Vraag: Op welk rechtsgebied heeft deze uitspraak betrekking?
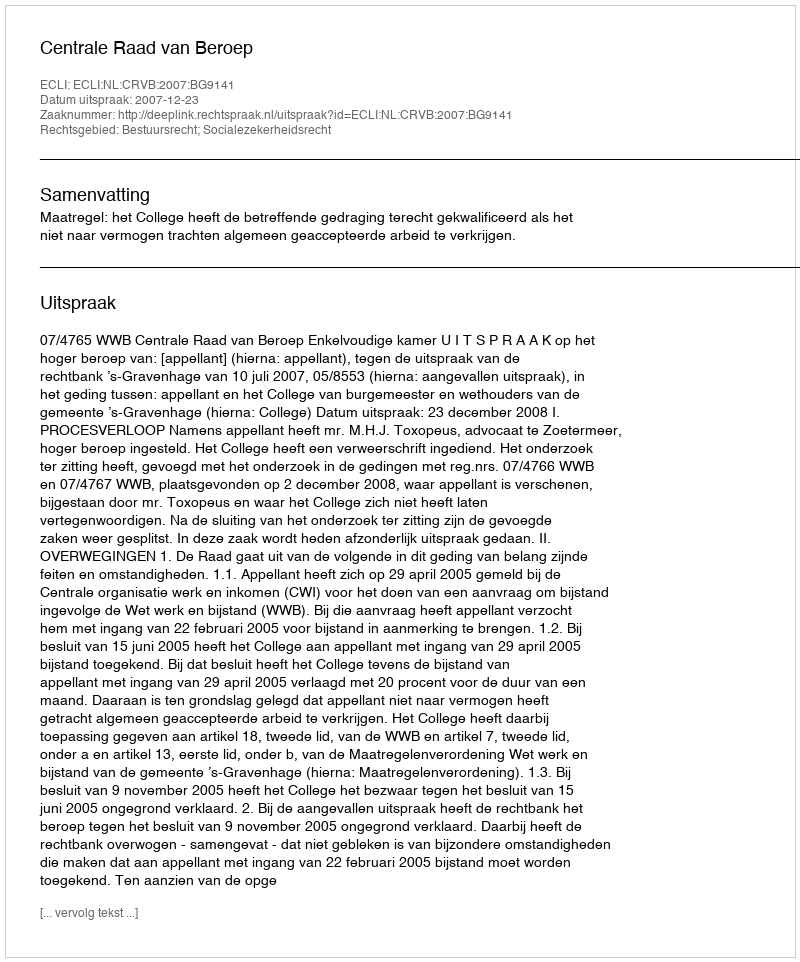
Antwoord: Bestuursrecht; Socialezekerheidsrecht